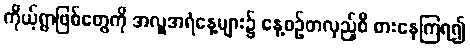
ကိုယ့်ရွာဖြစ်တွေကို အလှူအရံနေ့များ၌ နေ့စဉ်တလှည့်စီ စားနေကြရ၍